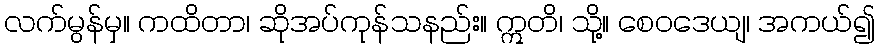
လက်မွန်မှ။ ကထိတာ၊ ဆိုအပ်ကုန်သနည်း။ ဣတိ၊ သို့။ စေဝဒေယျ၊ အကယ်၍